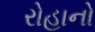
રોહાનો